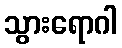
သွားရောဂါ